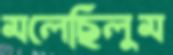
মলেছিলুম